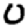
Digit: 0